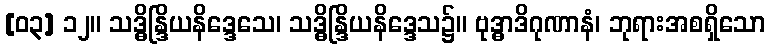
[၀၃] ၁၂။ သဒ္ဓိန္ဒြိယနိဒ္ဒေသေ၊ သဒ္ဓိန္ဒြိယနိဒ္ဒေသ၌။ ဗုဒ္ဓာဒိဂုဏာနံ၊ ဘုရားအစရှိသော